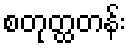
စတုတ္ထတန်း